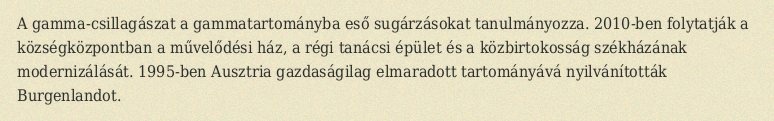
A gamma-csillagászat a gammatartományba eső sugárzásokat tanulmányozza. 2010-ben folytatják a községközpontban a művelődési ház, a régi tanácsi épület és a közbirtokosság székházának modernizálását. 1995-ben Ausztria gazdaságilag elmaradott tartományává nyilvánították Burgenlandot.